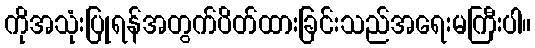
ကိုအသုံးပြုရန်အတွက်ပိတ်ထားခြင်းသည်အရေးမကြီးပါ။